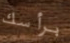
برأسك